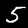
Digit: 5